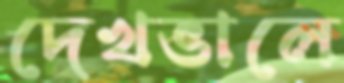
দেখভালে